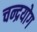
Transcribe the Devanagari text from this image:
चन्द्रयोग